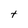
Character: t